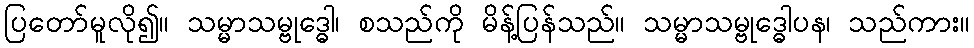
ပြတော်မူလို၍။ သမ္မာသမ္ဗုဒ္ဓေါ၊ စသည်ကို မိန့်ပြန်သည်။ သမ္မာသမ္ဗုဒ္ဓေါပန၊ သည်ကား။